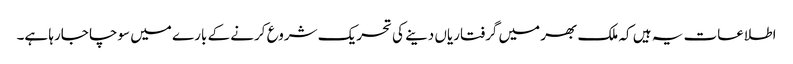
اطلاعات یہ ہیں کہ ملک بھر میں گرفتاریاں دینے کی تحریک شروع کرنے کے بارے میں سوچا جارہا ہے۔